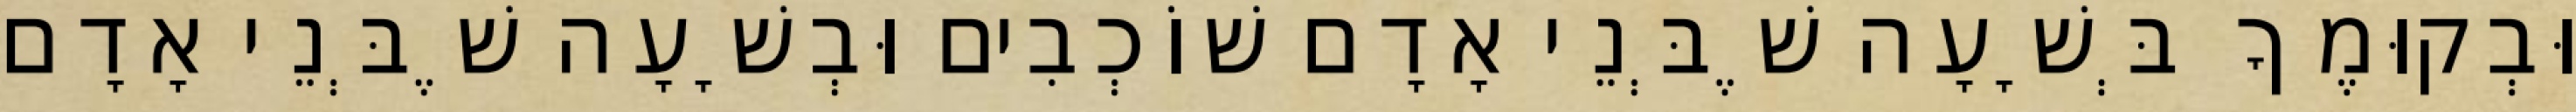
וּבְקוּמֶךָ בְּשָׁעָה שֶׁבְּנֵי אָדָם שׁוֹכְבִים וּבְשָׁעָה שֶׁבְּנֵי אָדָם